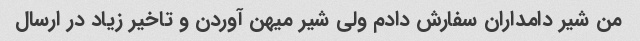
من شیر دامداران سفارش دادم ولی شیر میهن آوردن و تاخیر زیاد در ارسال